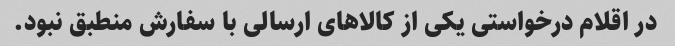
در اقلام درخواستی یکی از کالاهای ارسالی با سفارش منطبق نبود.